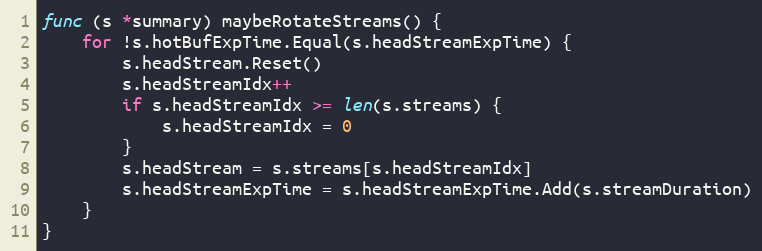
Language: Go
func (s *summary) maybeRotateStreams() {
	for !s.hotBufExpTime.Equal(s.headStreamExpTime) {
		s.headStream.Reset()
		s.headStreamIdx++
		if s.headStreamIdx >= len(s.streams) {
			s.headStreamIdx = 0
		}
		s.headStream = s.streams[s.headStreamIdx]
		s.headStreamExpTime = s.headStreamExpTime.Add(s.streamDuration)
	}
}